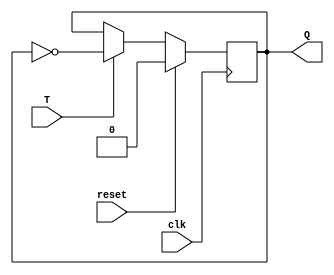
module T_flip(T,clk,Q,reset);
input T,clk,reset;
output Q;
reg Q;
always @(negedge clk)
begin
    if (reset)
    Q=0;
    else begin
        if(T)
        Q=~Q;
        else
            Q=Q;
        end
    end
endmodule
module T_flip_tb;
reg T,clk,reset;
wire Q;
T_flip t1(T,clk,Q,reset);
always #10 clk=~clk;
initial begin
    T=0; clk=0; reset=1;
    $monitor("Time: %0t, T=%b; Clk=%b, Q=%b",$time,T,clk,Q);
    #10 reset=0;
    #10 T=1;
    #10 T=1;
    #10 T=1;
    #10 T=0;
    #10 T=0;
    #10 T=0;
    #10 $finish;
end
endmodule